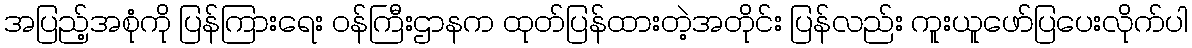
အပြည့်အစုံကို ပြန်ကြားရေး ဝန်ကြီးဌာနက ထုတ်ပြန်ထားတဲ့အတိုင်း ပြန်လည်း ကူးယူဖော်ပြပေးလိုက်ပါ